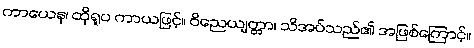
ကာယေန၊ ထိုရူပ ကာယဖြင့်။ ဝိညေယျတ္တာ၊ သိအပ်သည်၏ အဖြစ်ကြောင့်။